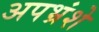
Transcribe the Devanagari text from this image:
अपभ्रंशे